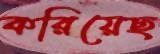
করিয়েছ